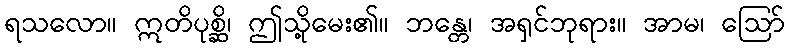
ရသလော။ ဣတိပုစ္ဆိ၊ ဤသို့မေး၏။ ဘန္တေ၊ အရှင်ဘုရား။ အာမ၊ ဩော်